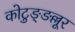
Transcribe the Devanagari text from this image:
कोटुङ्ङल्लूर